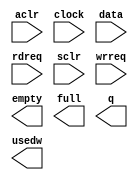
module alt_fifo_16b_2048w (
	aclr,
	clock,
	data,
	rdreq,
	sclr,
	wrreq,
	empty,
	full,
	q,
	usedw);

	input	  aclr;
	input	  clock;
	input	[15:0]  data;
	input	  rdreq;
	input	  sclr;
	input	  wrreq;
	output	  empty;
	output	  full;
	output	[15:0]  q;
	output	[10:0]  usedw;

endmodule